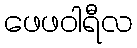
ဖေဖဝါရီလ